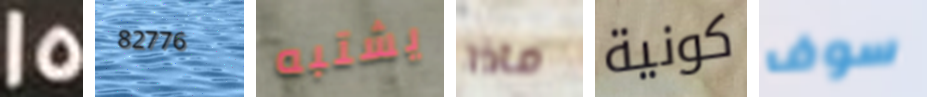
15 82776 يشتبه ماذا كونية سوف